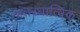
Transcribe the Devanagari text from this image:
अंतरधात्विक